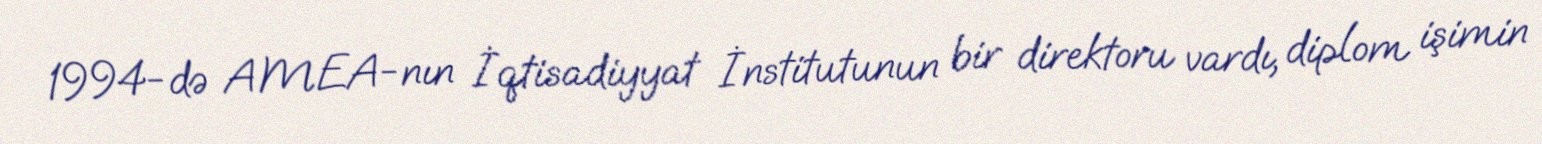
1994-də AMEA-nın İqtisadiyyat İnstitutunun bir direktoru vardı, diplom işimin